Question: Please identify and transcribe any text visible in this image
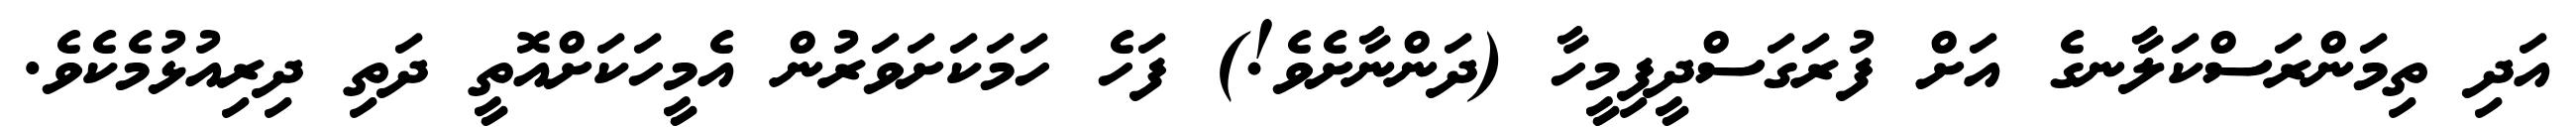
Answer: އަދި ތިމަންރަސްކަލާނގެ އަށް ފުރަގަސްދީފިމީހާ (ދަންނާށެވެ!) ފަހެ ހަމަކަށަވަރުން އެމީހަކަށްއޮތީ ދަތި ދިރިއުޅުމެކެވެ.